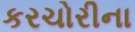
કરચોરીના